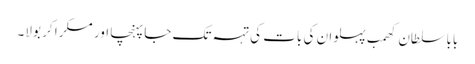
بابا سلطان کھمب پہلوان کی بات کی تہہ تک جا پہنچا اور مسکرا کر بولا۔